Report on the working of the Ranchi Indian Mental Hospital, Kanke, in Bihar and Orissa - 1930-1940
Year: 1930
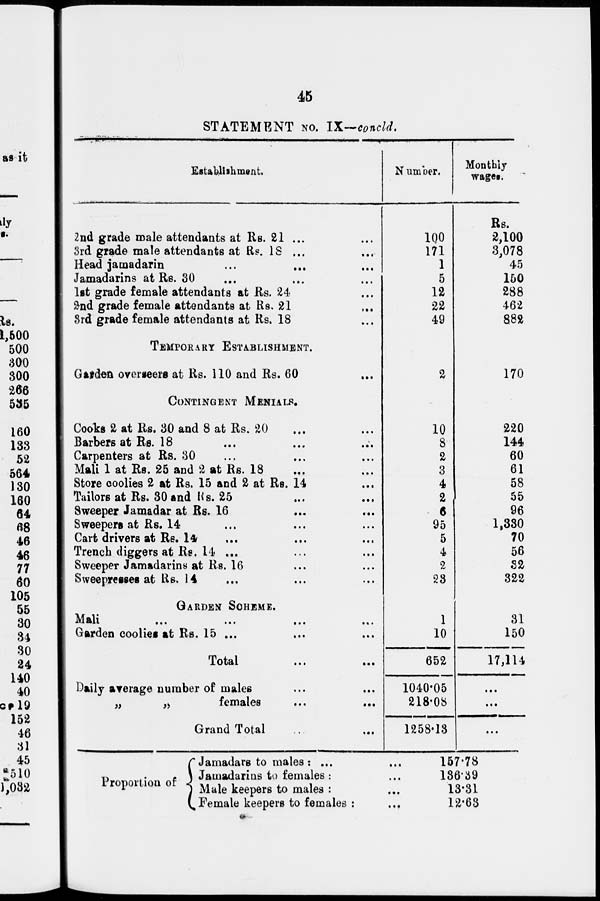
45
STATEMENT No. IX—concld.
Establishment.
2nd grade male attendants at Rs. 21 ... ...
3rd grade male attendants at Rs. 18 ... ...
Head jainadarin ... ... ...
Jamadarins at Re. 30 ... ... ...
1st grade female attendants at Rs. 24 ...
2nd grade female attendants at Rs. 21 ...
3rd grade female attendants at Rs. 18 ...
TEMPORARY ESTABLISHMENT.
Garden overseers at Rs. 110 and Rs. 60 ...
CONTINGENT MENIALS.
Cooks 2 at Rs. 30 and 8 at Rs. 20 ... ...
Barbers at Rs. 18 ... ...
Carpenters at Rs. 30 ... ... ...
Mali 1 at Rs. 25 and 2 at Rs. 18 ... ...
Store coolies 2 at Rs. 15 and 2 at Rs. 14 ...
Tailors at Rs. 30 and Rs. 25 ... ...
Sweeper Jamadar at Rs. 16 ... ...
Sweepers at Rs. 14 ... ... ...
Cart drivers at Rs. 14 ... ... ...
Trench diggers at Re. 14 ... ... ...
Sweeper Jamadarins at Rs. 16 ... ...
Sweepretses at Rs. 14 ... ... ...
GARDEN SCHEME.
Mali
...
...
...
...
Garden coolie, at Rs. 15 ... ... ...
Total
...
...
Daily average number of males ... ...
„
„
females
...
...
Grand Total ... ...
N umber.
100
171
1
5
12
22
49
2
10
8
2
3
4
2
6
95
5
4
2
28
1
10
652
1040.05
218.08
1258.13
Monthly
wages.
Rs.
2,100
3,078
45
150
288
462
882
170
220
144
60
61
58
55
96
1,330
70
56
32
322
31
150
17,114
...
...
...
Proportion of
Jamadars to males: ...
Jamadarins to females :...
Male keepers to males : ...
Female keepers to females : ...
157.78
186.39
13.31
12.63